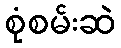
စုံစမ်းဆဲ